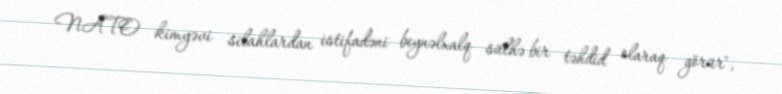
NATO kimyəvi silahlardan istifadəni beynəlxalq sülhə bir təhdid olaraq görür",